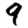
Digit: 9